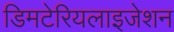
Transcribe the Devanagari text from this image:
डिमटेरियलाइजेशन